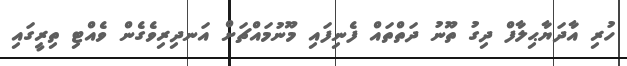
ހުރި އާދަޔާޙިލާފް ދިގު ތޫނު ދަތްތައް ފެނިފައި މޫނުމައްޗަށް އަނދިރިވެގެން ވެއްޓި ތިރީގައި